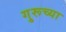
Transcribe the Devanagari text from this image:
गु्रूच्या